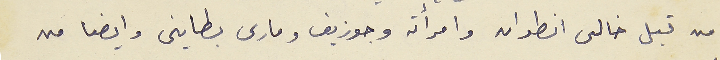
من قبل خالى انطوان وامرأته وجوزيف ومارى بطاينى وايضا من